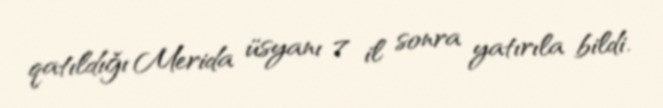
qatıldığı Merida üsyanı 7 il sonra yatırıla bildi.